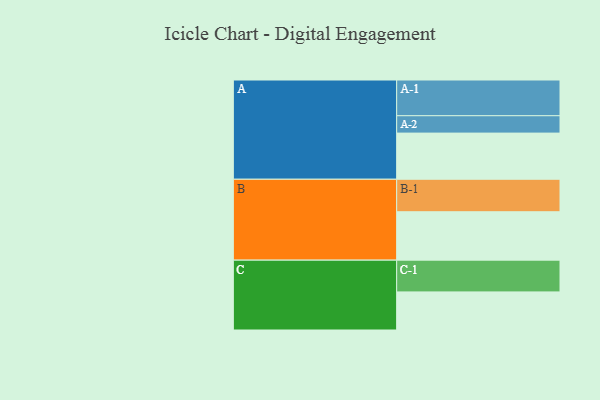
{"axis": {"x": "Segment", "y": "Value"}, "legend": ["", "A", "B", "C"], "data": [{"x": "A", "y": 372, "type": ""}, {"x": "B", "y": 390, "type": ""}, {"x": "C", "y": 307, "type": ""}, {"x": "A-1", "y": 288, "type": "A"}, {"x": "A-2", "y": 140, "type": "A"}, {"x": "B-1", "y": 262, "type": "B"}, {"x": "C-1", "y": 256, "type": "C"}]}